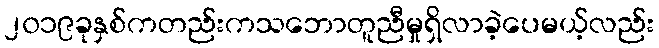
၂၀၁၉ခုနှစ်ကတည်းကသဘောတူညီမှုရှိလာခဲ့ပေမယ့်လည်း